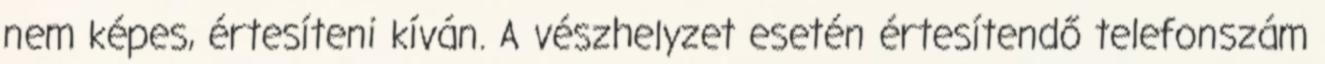
nem képes, értesíteni kíván. A vészhelyzet esetén értesítendő telefonszám